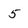
Character: 5